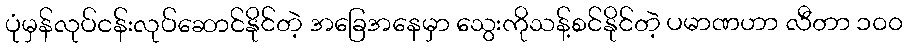
ပုံမှန်လုပ်ငန်းလုပ်ဆောင်နိုင်တဲ့ အခြေအနေမှာ သွေးကိုသန့်စင်နိုင်တဲ့ ပမာဏဟာ လီတာ ၁၀၀